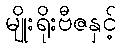
မျိုးရိုးဗီဇနှင့်